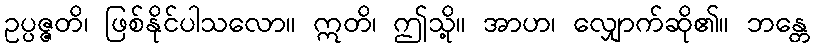
ဥပ္ပဇ္ဇတိ၊ ဖြစ်နိုင်ပါသလော။ ဣတိ၊ ဤသို့။ အာဟ၊ လျှောက်ဆို၏။ ဘန္တေ